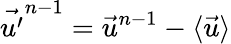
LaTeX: \vec{u^{\prime}}^{n-1}=\vec{u}^{n-1}-\langle\vec{u}\rangle